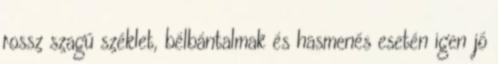
rossz szagú széklet, bélbántalmak és hasmenés esetén igen jó